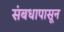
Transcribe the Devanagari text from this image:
संबधापासून